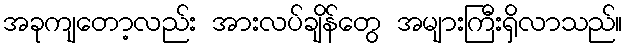
အခုကျတော့လည်း အားလပ်ချိန်တွေ အများကြီးရှိလာသည်။